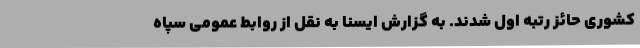
کشوری حائز رتبه اول شدند. به گزارش ایسنا به نقل از روابط عمومی سپاه